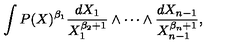
\int P ( X ) ^ { \beta _ { 1 } } { \frac { d X _ { 1 } } { X _ { 1 } ^ { \beta _ { 2 } + 1 } } } \wedge \cdots \wedge { \frac { d X _ { n - 1 } } { X _ { n - 1 } ^ { \beta _ { n } + 1 } } } ,